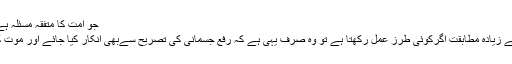
جو امت کا متفقہ مسئلہ ہے چنانچہ لکھتے ہیں:
پس قرآن کی روح سے زیادہ مطابقت اگرکوئی طرز عمل رکھتا ہے تو وہ صرف یہی ہے کہ رفع جسمانی کی تصریح سےبھی انکار کیا جائے اور موت کی تصریح سے بھي۔